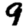
Digit: 9